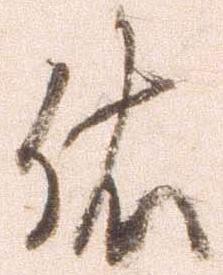
依